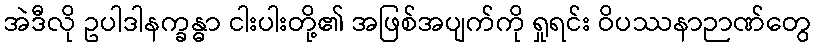
အဲဒီလို ဥပါဒါနက္ခန္ဓာ ငါးပါးတို့၏ အဖြစ်အပျက်ကို ရှုရင်း ဝိပဿနာဉာဏ်တွေ